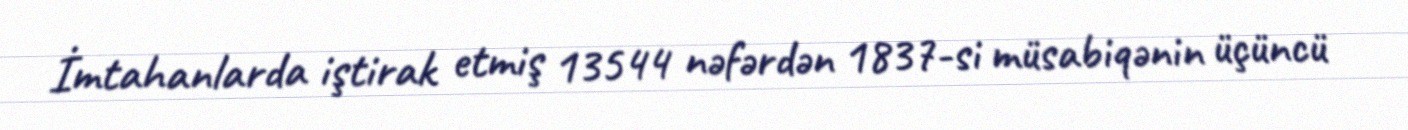
İmtahanlarda iştirak etmiş 13544 nəfərdən 1837-si müsabiqənin üçüncü